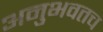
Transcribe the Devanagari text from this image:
अनुभवतच